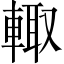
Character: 輙